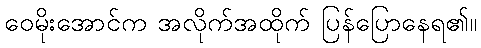
ဝေမိုးအောင်က အလိုက်အထိုက် ပြန်ပြောနေရ၏။